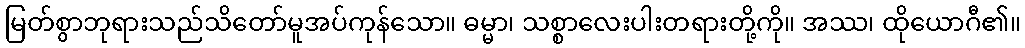
မြတ်စွာဘုရားသည်သိတော်မူအပ်ကုန်သော။ ဓမ္မာ၊ သစ္စာလေးပါးတရားတို့ကို။ အဿ၊ ထိုယောဂီ၏။